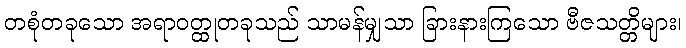
တစုံတခုသော အရာဝတ္ထုတခုသည် သာမန်မျှသာ ခြားနားကြသော ဗီဇသတ္တိများ၊